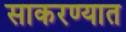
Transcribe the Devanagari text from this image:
साकरण्यात